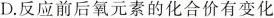
D.反应前后氧元素的化合价有变化